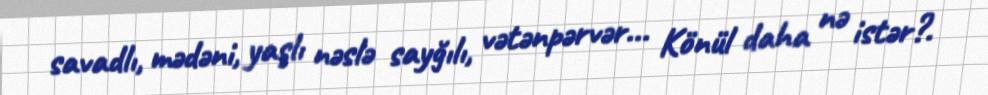
savadlı, mədəni, yaşlı nəslə sayğılı, vətənpərvər... Könül daha nə istər?.